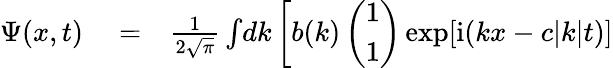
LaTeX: \begin{array}{rlr}{\Psi({x},t)}&{{}=}&{\frac{1}{2\sqrt{\pi}}\int\! dk\left[b({k})\left(\begin{array}{c}{1}\\ {1}\end{array}\right)\exp[\mathrm{i}(kx-c|k|t)]\right.}\end{array}